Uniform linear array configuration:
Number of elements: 64
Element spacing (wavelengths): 0.75
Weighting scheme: binomial
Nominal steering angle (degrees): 15
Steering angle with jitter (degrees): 15.538
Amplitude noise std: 0.05
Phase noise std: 0.05

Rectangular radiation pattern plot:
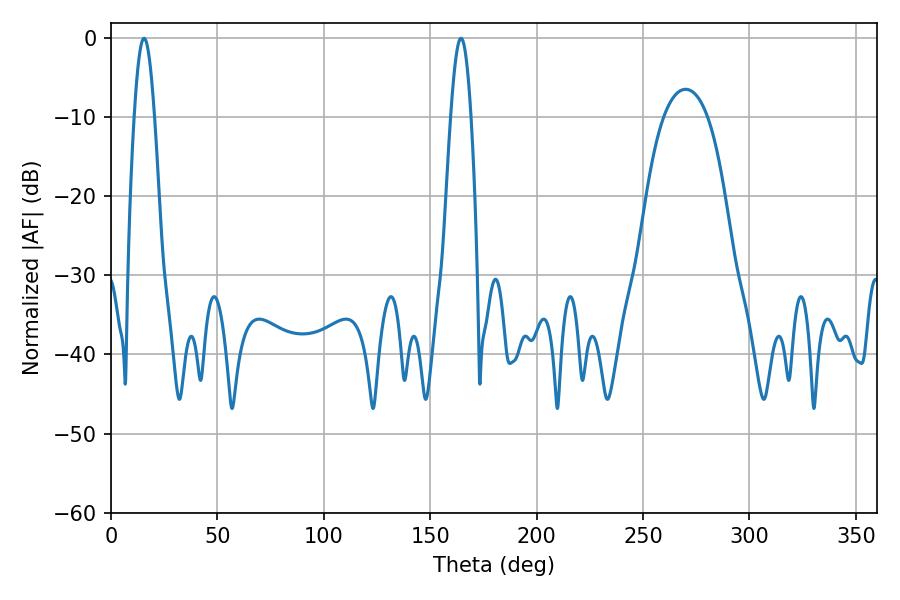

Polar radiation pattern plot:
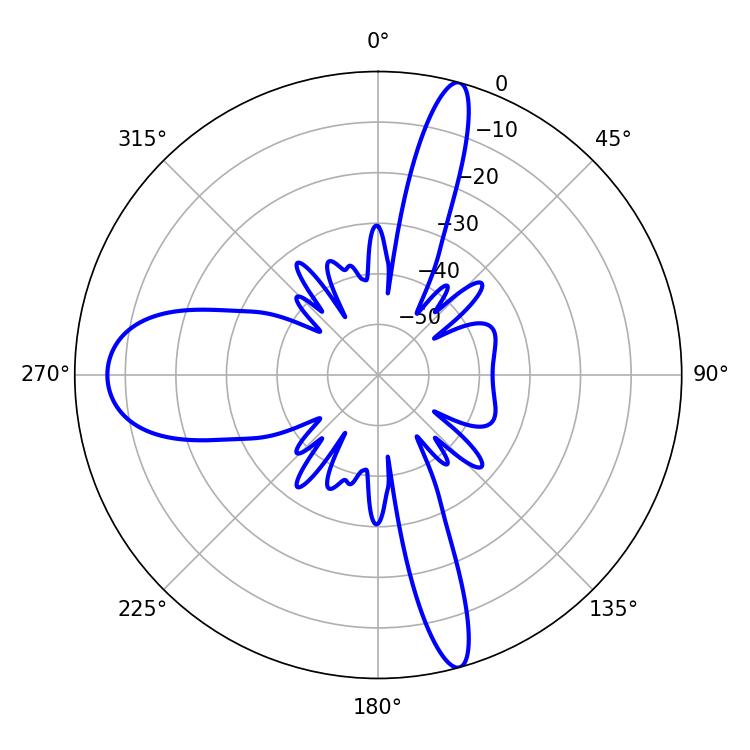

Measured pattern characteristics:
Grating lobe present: TRUE
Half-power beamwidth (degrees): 5.22
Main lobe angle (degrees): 15.48